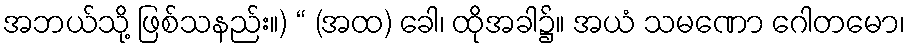
အဘယ်သို့ ဖြစ်သနည်း။) “ (အထ) ခေါ၊ ထိုအခါ၌။ အယံ သမဏော ဂေါတမော၊